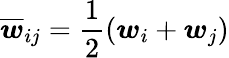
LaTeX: \overline{{\boldsymbol{w}}}_{ij}=\frac{1}{2}(\boldsymbol{w}_{i}+\boldsymbol{w}_{j})